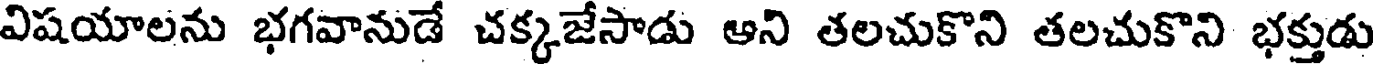
విషయాలను భగవానుడే చక్కజేసాడు అని తలచుకొని తలచుకొని భక్తుడు